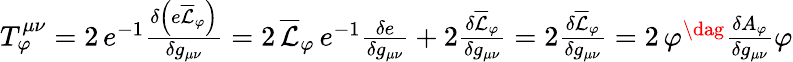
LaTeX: \begin{array}{r}{T_{\varphi}^{\mu\nu}=2\, e^{-1}\frac{\delta\left(e\overline{{\mathcal{L}}}_{\varphi}\right)}{\delta g_{\mu\nu}}=2\, \overline{{\mathcal{L}}}_{\varphi}\, e^{-1}\frac{\delta e}{\delta g_{\mu\nu}}+2\frac{\delta\overline{{\mathcal{L}}}_{\varphi}}{\delta g_{\mu\nu}}=2\frac{\delta\overline{{\mathcal{L}}}_{\varphi}}{\delta g_{\mu\nu}}=2\, \varphi^{\dag}\frac{\delta A_{\varphi}}{\delta g_{\mu\nu}}\varphi}\end{array}